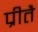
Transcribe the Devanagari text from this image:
प्रीतै